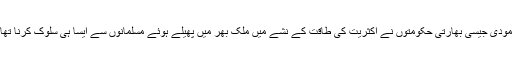
یقین رکھو اگر خدانخواستہ ہندوستان تقسیم نہ ہوتا تو مودی جیسی بھارتی حکومتوں نے اکثریت کی طاقت کے نشے میں ملک بھر میں پھیلے ہوئے مسلمانوں سے ایسا ہی سلوک کرنا تھا جیسا کشمیر کے اکثریتی مسلمانوں سے ہو رہا ہے۔